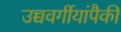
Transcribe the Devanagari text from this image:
उच्चवर्गीयांपैकी